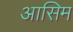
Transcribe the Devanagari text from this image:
आसिम